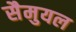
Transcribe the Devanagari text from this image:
सैमुयल